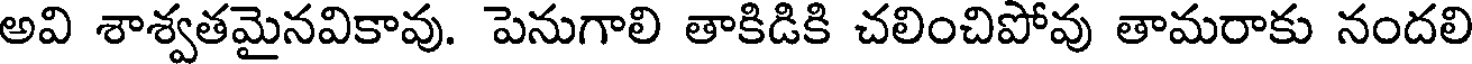
అవి శాశ్వతమైనవికావు. పెనుగాలి తాకిడికి చలించిపోవు తామరాకు నందలి